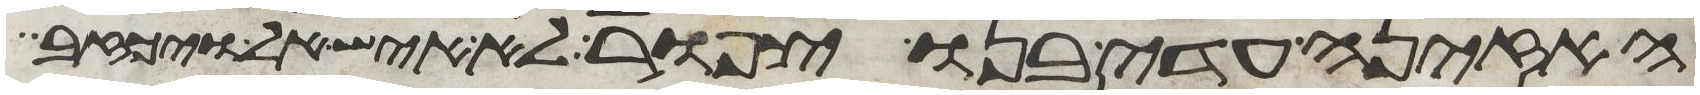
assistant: האזינה עדי בנו צפור לא איש אל ויכזב